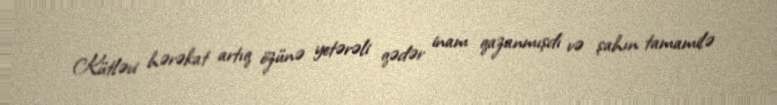
Kütləvi hərəkat artıq özünə yetərəli qədər inam qazanmışdı və şahın tamamilə